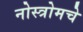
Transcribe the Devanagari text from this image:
नोस्त्रोमचे